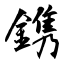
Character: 鎸